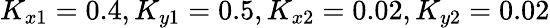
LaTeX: K_{x1}=0.4,K_{y1}=0.5,K_{x2}=0.02,K_{y2}=0.02